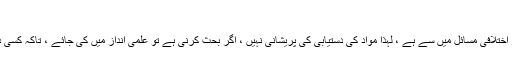
‏مئی 29، 2016 #8
زیر بحث مسئلہ ، مشہور اختلافی مسائل میں سے ہے ، لہذا مواد کی دستیابی کی پریشانی نہیں ، اگر بحث کرنی ہے تو علمی انداز میں کی جائے ، تاکہ کسی دوسرے کو بھی فائدہ ہو ۔